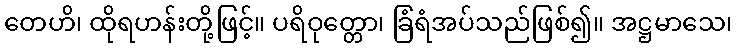
တေဟိ၊ ထိုရဟန်းတို့ဖြင့်။ ပရိဝုတ္တော၊ ခြံရံအပ်သည်ဖြစ်၍။ အဋ္ဌမာသေ၊